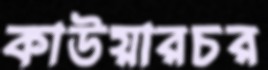
কাউয়ারচর